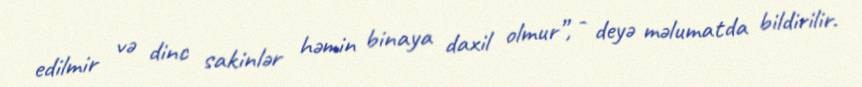
edilmir və dinc sakinlər həmin binaya daxil olmur”, - deyə məlumatda bildirilir.